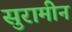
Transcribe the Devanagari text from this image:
सुरामीन